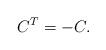
LaTeX: \begin{align*}C^T = -C.\end{align*}